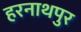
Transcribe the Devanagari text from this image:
हरनाथपुर